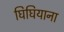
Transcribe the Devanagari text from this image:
घिघियाना